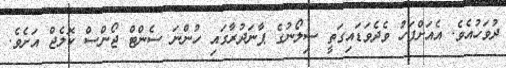
ދުވަހުއެވެ. އެއަށްފަހު ވެދެވަޑައިގަތީ ސިލޯނުގެ ޕާނަދުރާގައި ހުންނަ ސެންޓް ޖޯންސް ކޮލެޖް އަށެވެ.